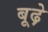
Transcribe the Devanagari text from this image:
बूढ़े़